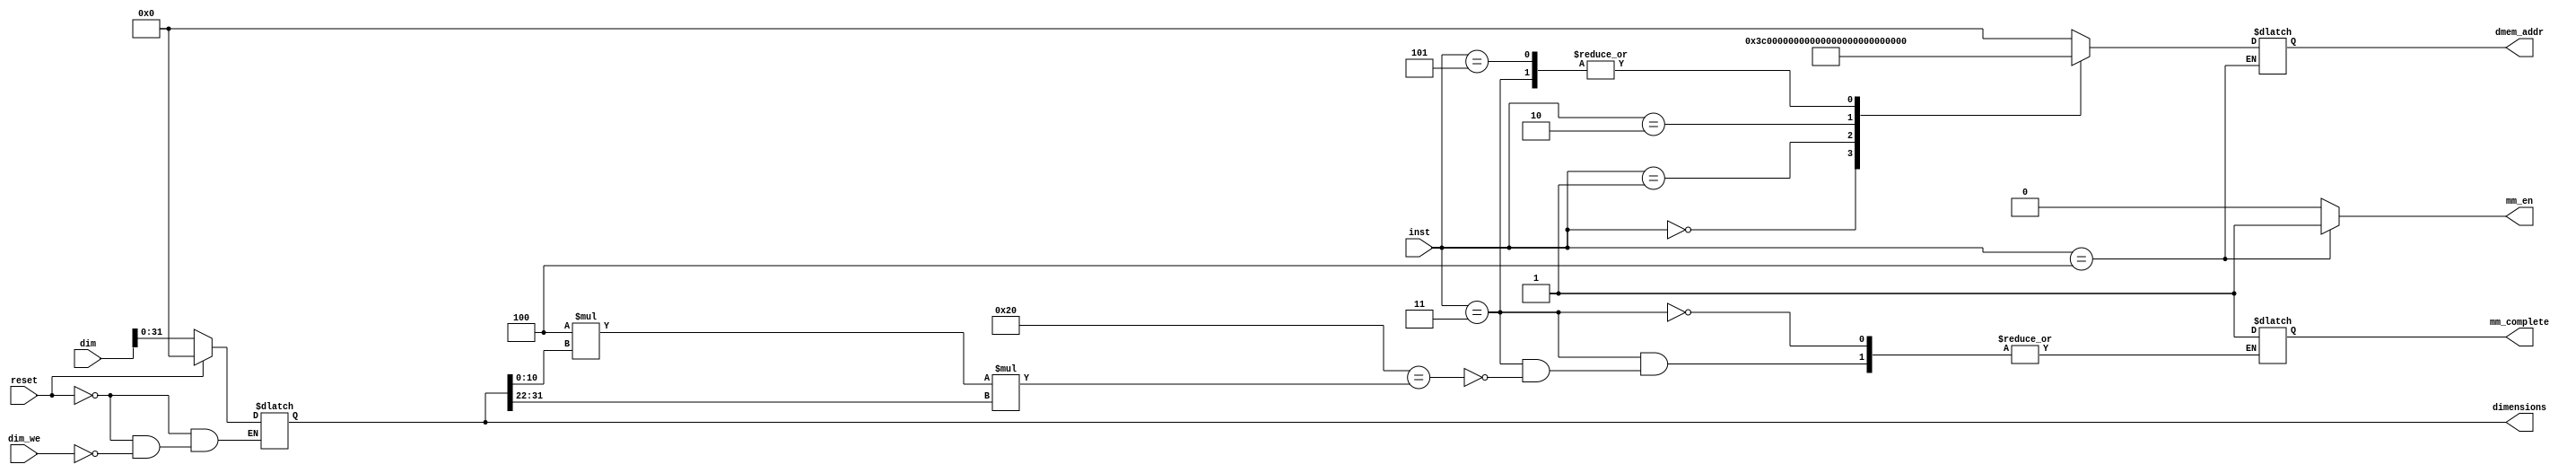
module control_mm(   
    input [2:0]inst,    // Matrix Mul operation code
	input reset,        // Reset
	input [255:0]dim,	// Load of Dimensions of A and B 
	input dim_we,		// Comes from cpu_mm
	output mm_en,		// Enable for matrix Multiplication
	output [31:0]dimensions,	// Storing dimensions of A and B
    output [31:0]dmem_addr,		// Address to dmem for loading A,B and storing C
    output mm_complete		// Flag for completion of Matrix multiplication 
);

reg mm_en, mm_complete;
reg [31:0] addr_bnk [0:6];		// Storing initial address vals and the increment for new addresses
reg [31:0] dimensions;
reg [31:0] dmem_addr;
    

// initialising registers to 0
    integer i;
    initial begin
		for (i=3;i<7;i=i+1)
			addr_bnk[i] = 32'b0;
		addr_bnk[0] = 32'h0000_0000;		//0
		addr_bnk[1] = 32'h0000_1400;		//5120
		addr_bnk[2] = 32'h0000_2800;		//10240
		dimensions = 0;
    end	

	// Reset of Address bank
	always @(reset or dim_we or dim) begin
        if (reset) begin // All registers set to 0 if reset=1
			for (i=3;i<7;i=i+1)
				addr_bnk[i] = 32'b0;
			dimensions = 0;
        end
		else begin
			if (dim_we == 1'b1) begin  // If write enable is 1 then write
				addr_bnk[3] = dim[31:0];
				dimensions = dim[31:0];
			end
		end
	end

	// addr_bank[4] - a_counter, addr_bank[5] - b_counter, addr_bank[6] - c_counter  - counters to update address as per given instruction
	// Decoding inst for the operation to be performed
	// Legend => A= mxn dim[10:0]xdim[21:11], B=nxo dim[21:11]xdim[31:22]

    always @(inst) begin
		mm_en = 0;		// Enable for matrix multiplication unit
		case(inst)
			0: dmem_addr=32'h0000_3C00;	// Const value for dim_addr = 15360
			
			1: begin             							// Computing Address of element of A
                if(addr_bnk[5]<4*addr_bnk[3][31:22])begin	// If address of b_counter< 4*o  & >0 --> then reset a_counter to beginning of the same row of A
					if(addr_bnk[5]!=0)begin				 	// If address of b_counter == 0 ---> by default a_counter points to beginning of next row of A
						addr_bnk[4]=addr_bnk[4]-4*addr_bnk[3][21:11];
					end
				end
				dmem_addr=addr_bnk[0]+addr_bnk[4]; // Address of A to be loaded 
				addr_bnk[4]=addr_bnk[4]+32; // By default address increments to next 8 words
				
				end

			2:begin										// Computing Address of element of B
				dmem_addr=addr_bnk[1]+addr_bnk[5]; 		// Address of A to be loaded 
				addr_bnk[5]=addr_bnk[5]+4*addr_bnk[3][31:22];   	 // By default address increments to next row of B, to the element immediately below the previous element
				if(addr_bnk[5]>=4*addr_bnk[3][21:11]*addr_bnk[3][31:22])begin 	// If b_counter goes over all rows for a given 8 word block column
					if(addr_bnk[5]==4*(addr_bnk[3][21:11]+1)*addr_bnk[3][31:22]-32)begin	// If all elements of B were loaded already in previous cycles 
						addr_bnk[5]=0;		// Point b_counter to inital address - repeat load B process
					end else begin
						addr_bnk[5]=addr_bnk[5]-4*addr_bnk[3][21:11]*addr_bnk[3][31:22]+32; // Else point to the inital row of next 8 word block column of B
					end	
				end
				end	

			3:begin									// Computing Address for storing element of C in stall cycle
				dmem_addr=addr_bnk[2]+addr_bnk[6]; 	// Address of C to be stored 
				addr_bnk[6]=addr_bnk[6]+32;			// By default address increments to next 8 words
				if(addr_bnk[6]==4*addr_bnk[3][10:0]*addr_bnk[3][31:22])begin // When all of C is stored ---> matrix multiplication is complete 
					mm_complete=1;
				end
				end

			4:  mm_en = 1;		//Enable set for matrix multiplication
			5: dmem_addr = addr_bnk[2]+addr_bnk[6]; //For store C
		default:dmem_addr=0; //const value for dim_addr
		endcase
	end
endmodule